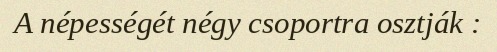
A népességét négy csoportra osztják :